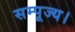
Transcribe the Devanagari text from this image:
सम्पूज्य।